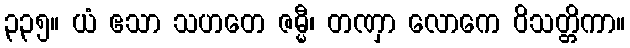
၃၃၅။ ယံ ဧသာ သဟတေ ဇမ္မီ၊ တဏှာ လောကေ ဝိသတ္တိကာ။